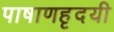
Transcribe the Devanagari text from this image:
पाषाणहृदयी